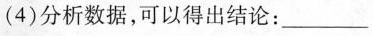
(4) 分析数据，可以得出结论：___